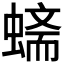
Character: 𲀀